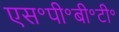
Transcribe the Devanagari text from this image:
एस॰पी॰बी॰टी॰